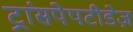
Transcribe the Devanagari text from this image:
ट्रांसपेपटीडेज़